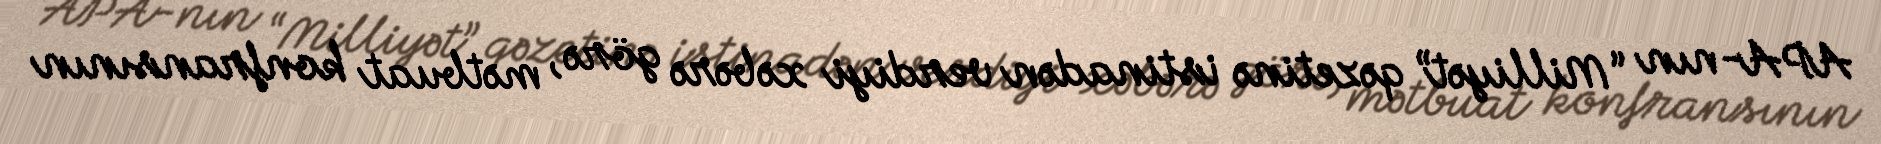
APA-nın “Milliyət” qəzetinə istinadən verdiyi xəbərə görə, mətbuat konfransının